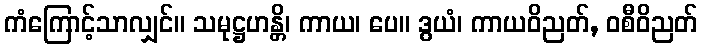
ကံကြောင့်သာလျှင်။ သမုဋ္ဌဟန္တိ၊ ကာယ၊ ပေ။ ဒွယံ၊ ကာယဝိညတ်, ဝစီဝိညတ်